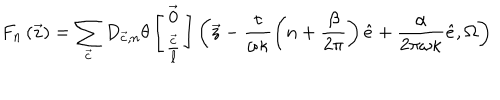
LaTeX: F _ { n } \left( { \vec { z } } \right) = \sum _ { { \vec { c } } } D _ { { \vec { c } } , n } \theta \left[ \begin{array} { c } { { { \vec { 0 } } } } \\ { { \frac { { \vec { c } } } { \ell } } } \\ \end{array} \right] \left( { \vec { z } } - \frac { \tau } { \omega \kappa } \left( n + \frac { \beta } { 2 \pi } \right) { \hat { e } } + \frac { \alpha } { 2 \pi \omega \kappa } { \hat { e } } , \Omega \right)